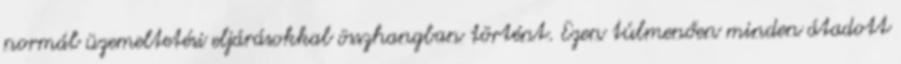
normál üzemeltetési eljárásokkal összhangban történt. Ezen túlmenően minden átadott